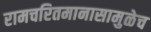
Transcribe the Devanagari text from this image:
रामचरितमानासामुळेच